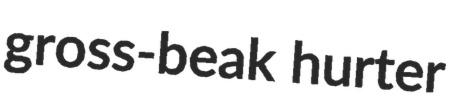
gross-beak hurter